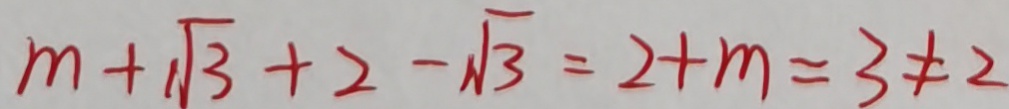
m + \sqrt { 3 } + 2 - \sqrt { 3 } = 2 + m = 3 \neq 2